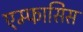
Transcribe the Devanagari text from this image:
एम्फासिस